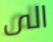
الى